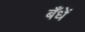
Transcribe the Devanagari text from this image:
बँधें